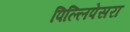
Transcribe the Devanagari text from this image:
पिल्लिपेसरा